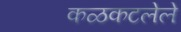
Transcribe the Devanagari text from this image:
कळकटलेले